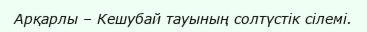
Арқарлы – Кешубай тауының солтүстік сілемі.